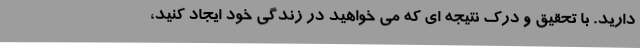
دارید. با تحقیق و درک نتیجه ای که می خواهید در زندگی خود ایجاد کنید،